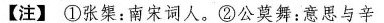
【注】①张集：南宋词人。②公莫舞：意思与辛